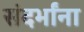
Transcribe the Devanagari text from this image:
संदर्भांना